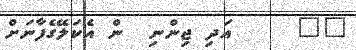
٣٧     އަދި ޖިންނި  ން އެކަލޭގެފާނަށް